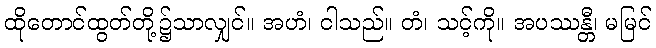
ထိုတောင်ထွတ်တို့၌သာလျှင်။ အဟံ၊ ငါသည်။ တံ၊ သင့်ကို။ အပဿန္တီ၊ မမြင်